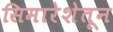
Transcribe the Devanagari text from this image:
सिमारेशेतून